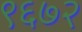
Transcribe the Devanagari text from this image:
९६७२